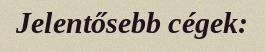
Jelentősebb cégek: